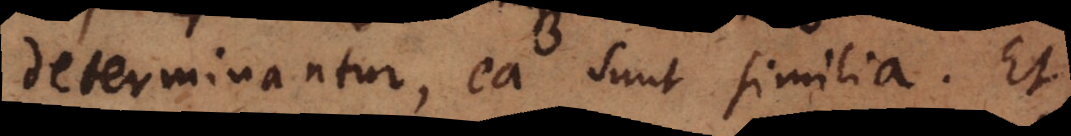
determinantur, ea sunt similia. Et